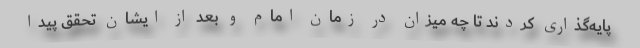
پایه‌گذاری کردند تا چه میزان در زمان امام و بعد از ایشان تحقق پیدا